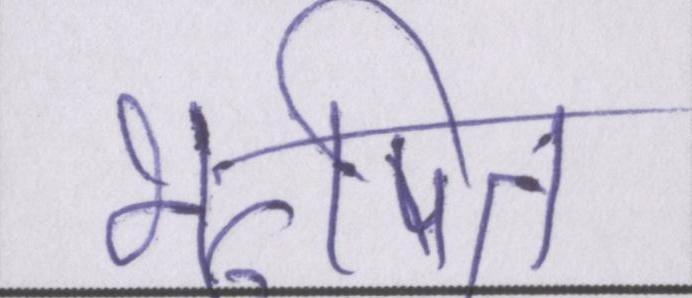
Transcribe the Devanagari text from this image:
भूषित